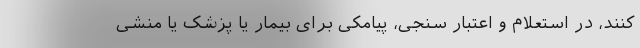
کنند، در استعلام و اعتبار سنجی، پیامکی برای بیمار یا پزشک یا منشی